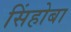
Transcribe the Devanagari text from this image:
सिंहोबा